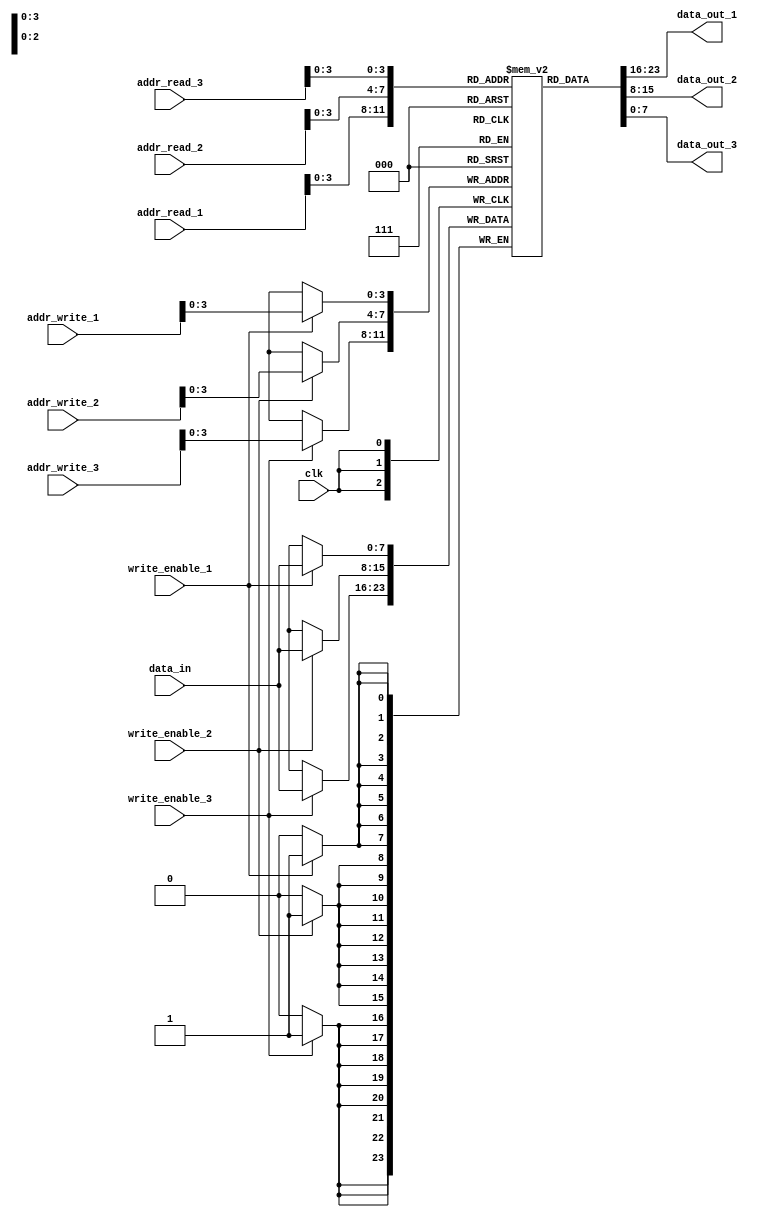
module register_file 
  #(parameter WIDTH = 8,
    parameter DEPTH = 16,
    parameter PORTS = 3)
   (
    input wire clk,
    input wire [WIDTH-1:0] data_in,
    input wire [WIDTH-1:0] addr_read_1,
    input wire [WIDTH-1:0] addr_read_2,
    input wire [WIDTH-1:0] addr_read_3,
    input wire [WIDTH-1:0] addr_write_1,
    input wire [WIDTH-1:0] addr_write_2,
    input wire [WIDTH-1:0] addr_write_3,
    input wire write_enable_1,
    input wire write_enable_2,
    input wire write_enable_3,
    output reg [WIDTH-1:0] data_out_1,
    output reg [WIDTH-1:0] data_out_2,
    output reg [WIDTH-1:0] data_out_3
  );

  reg [WIDTH-1:0] mem [DEPTH-1:0];

  always @(posedge clk) begin
    if(write_enable_1)
      mem[addr_write_1] <= data_in;
    
    if(write_enable_2)
      mem[addr_write_2] <= data_in;
    
    if(write_enable_3)
      mem[addr_write_3] <= data_in;
  end

  always @(*) begin
    data_out_1 = mem[addr_read_1];
    data_out_2 = mem[addr_read_2];
    data_out_3 = mem[addr_read_3];
  end

endmodule